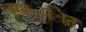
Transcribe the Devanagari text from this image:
वणर््िात